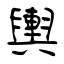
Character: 輿